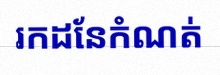
រកដែនកំណត់